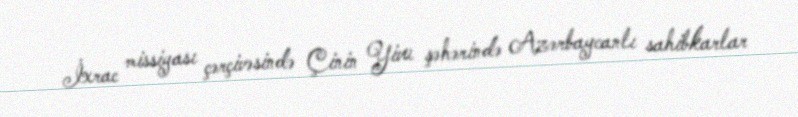
İxrac missiyası çərçivəsində Çinin Yivu şəhərində Azərbaycanlı sahibkarlar